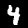
Digit: 4